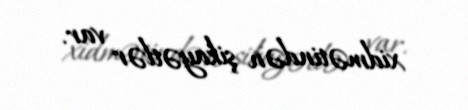
xidmətindən şikayətlər var.